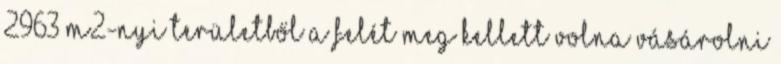
2963 m2-nyi területből a felét meg kellett volna vásárolni